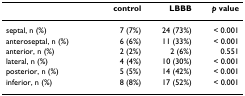
<table><thead><tr><td></td><td><b>control</b></td><td><b>LBBB</b></td><td><b><i>p </i>value</b></td></tr></thead><tbody><tr><td>septal, n (%)</td><td>7 (7%)</td><td>24 (73%)</td><td>&lt; 0.001</td></tr><tr><td>anteroseptal, n (%)</td><td>6 (6%)</td><td>11 (33%)</td><td>&lt; 0.001</td></tr><tr><td>anterior, n (%)</td><td>2 (2%)</td><td>2 (6%)</td><td>0.551</td></tr><tr><td>lateral, n (%)</td><td>4 (4%)</td><td>10 (30%)</td><td>&lt; 0.001</td></tr><tr><td>posterior, n (%)</td><td>5 (5%)</td><td>14 (42%)</td><td>&lt; 0.001</td></tr><tr><td>inferior, n (%)</td><td>8 (8%)</td><td>17 (52%)</td><td>&lt; 0.001</td></tr></tbody></table>